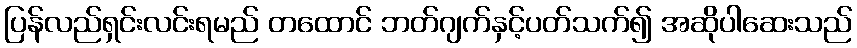
ပြန်လည်ရှင်းလင်းရမည် တထောင် ဘတ်ဂျက်နှင့်ပတ်သက်၍ အဆိုပါဆေးသည်